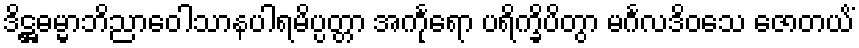
ဒိဋ္ဌဓမ္မာဘိညာဝေါသာနပါရမိပ္ပတ္တာ အင်္ကုရော ပရိက္ခိပိတွာ မင်္ဂလဒိဝသေ ဇောတယိံ